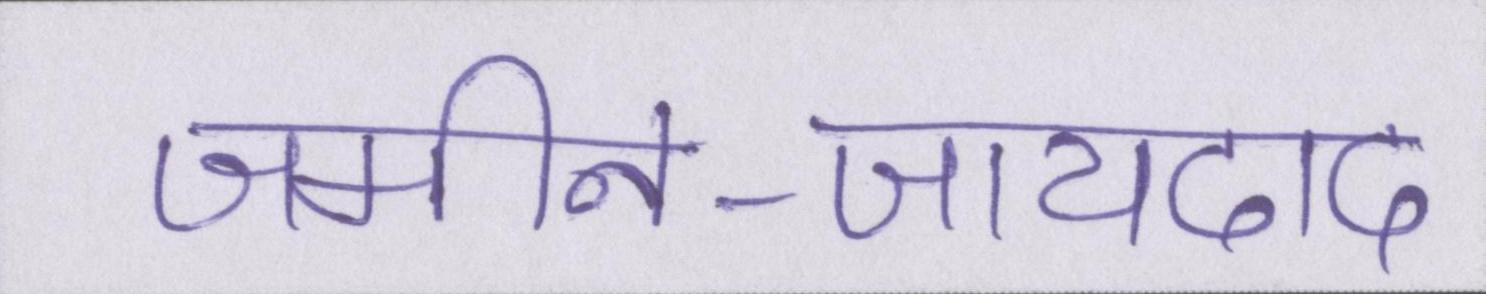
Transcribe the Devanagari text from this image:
जमीन-जायदाद